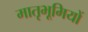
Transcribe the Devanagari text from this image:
मातृभूमियों